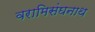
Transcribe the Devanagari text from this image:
वरामिसंघनाथ